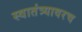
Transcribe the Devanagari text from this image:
स्वातंत्र्यावरच